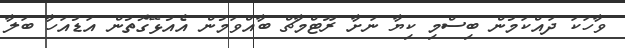
ވާހަކަ ދައްކަމުން ބިސްމި ކިޔާ ނަށާ ރޫޓްމާޗް ބާއްވަމުން އެއުޅޭގޮތުން އަޑުއަހާ ބަލާ